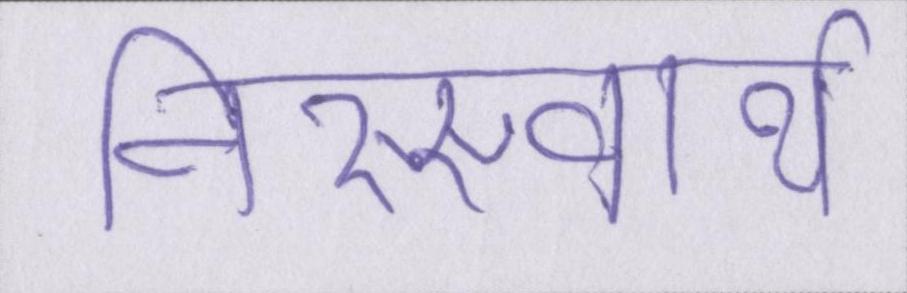
निस्स्वार्थ